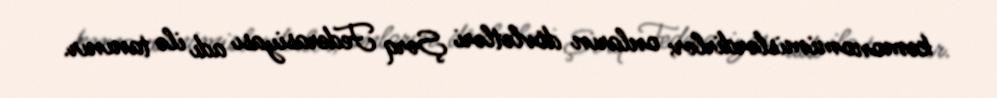
kemonomimislərdirlər; onların dövlətləri Şərq Federasiyası adı ilə tanınır.